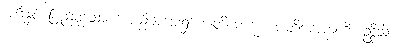
အင်္ဂါနှင့် ပြည့်စုံသော အစည်းအဝေး၌။ ပါတိမောက္ခံ၊ ပါတိမောက္ခကို။ ဥဒ္ဒိသိ၊